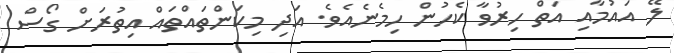
ލޭ އައުމާއި އަތް ހިރުވާ ކެހުން ހިމެނެއެވެ. އަދި މިކަންތައްތައް އިތުރަށް ގޯސް